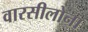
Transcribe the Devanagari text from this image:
वारसीलोना